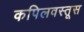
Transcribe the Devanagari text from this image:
कपिलवस्तूस